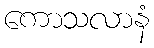
ကောသလာနံ